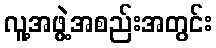
လူ့အဖွဲ့အစည်းအတွင်း